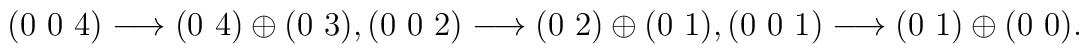
(0~0~4) \longrightarrow (0~4) \oplus (0~3),\\(0~0~2) \longrightarrow (0~2) \oplus (0~1),\\(0~0~1) \longrightarrow (0~1) \oplus (0~0).